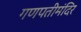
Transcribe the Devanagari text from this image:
गणपतीमंदिर